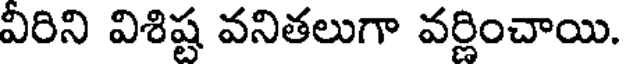
వీరిని విశిష్ట వనితలుగా వర్ణించాయి.